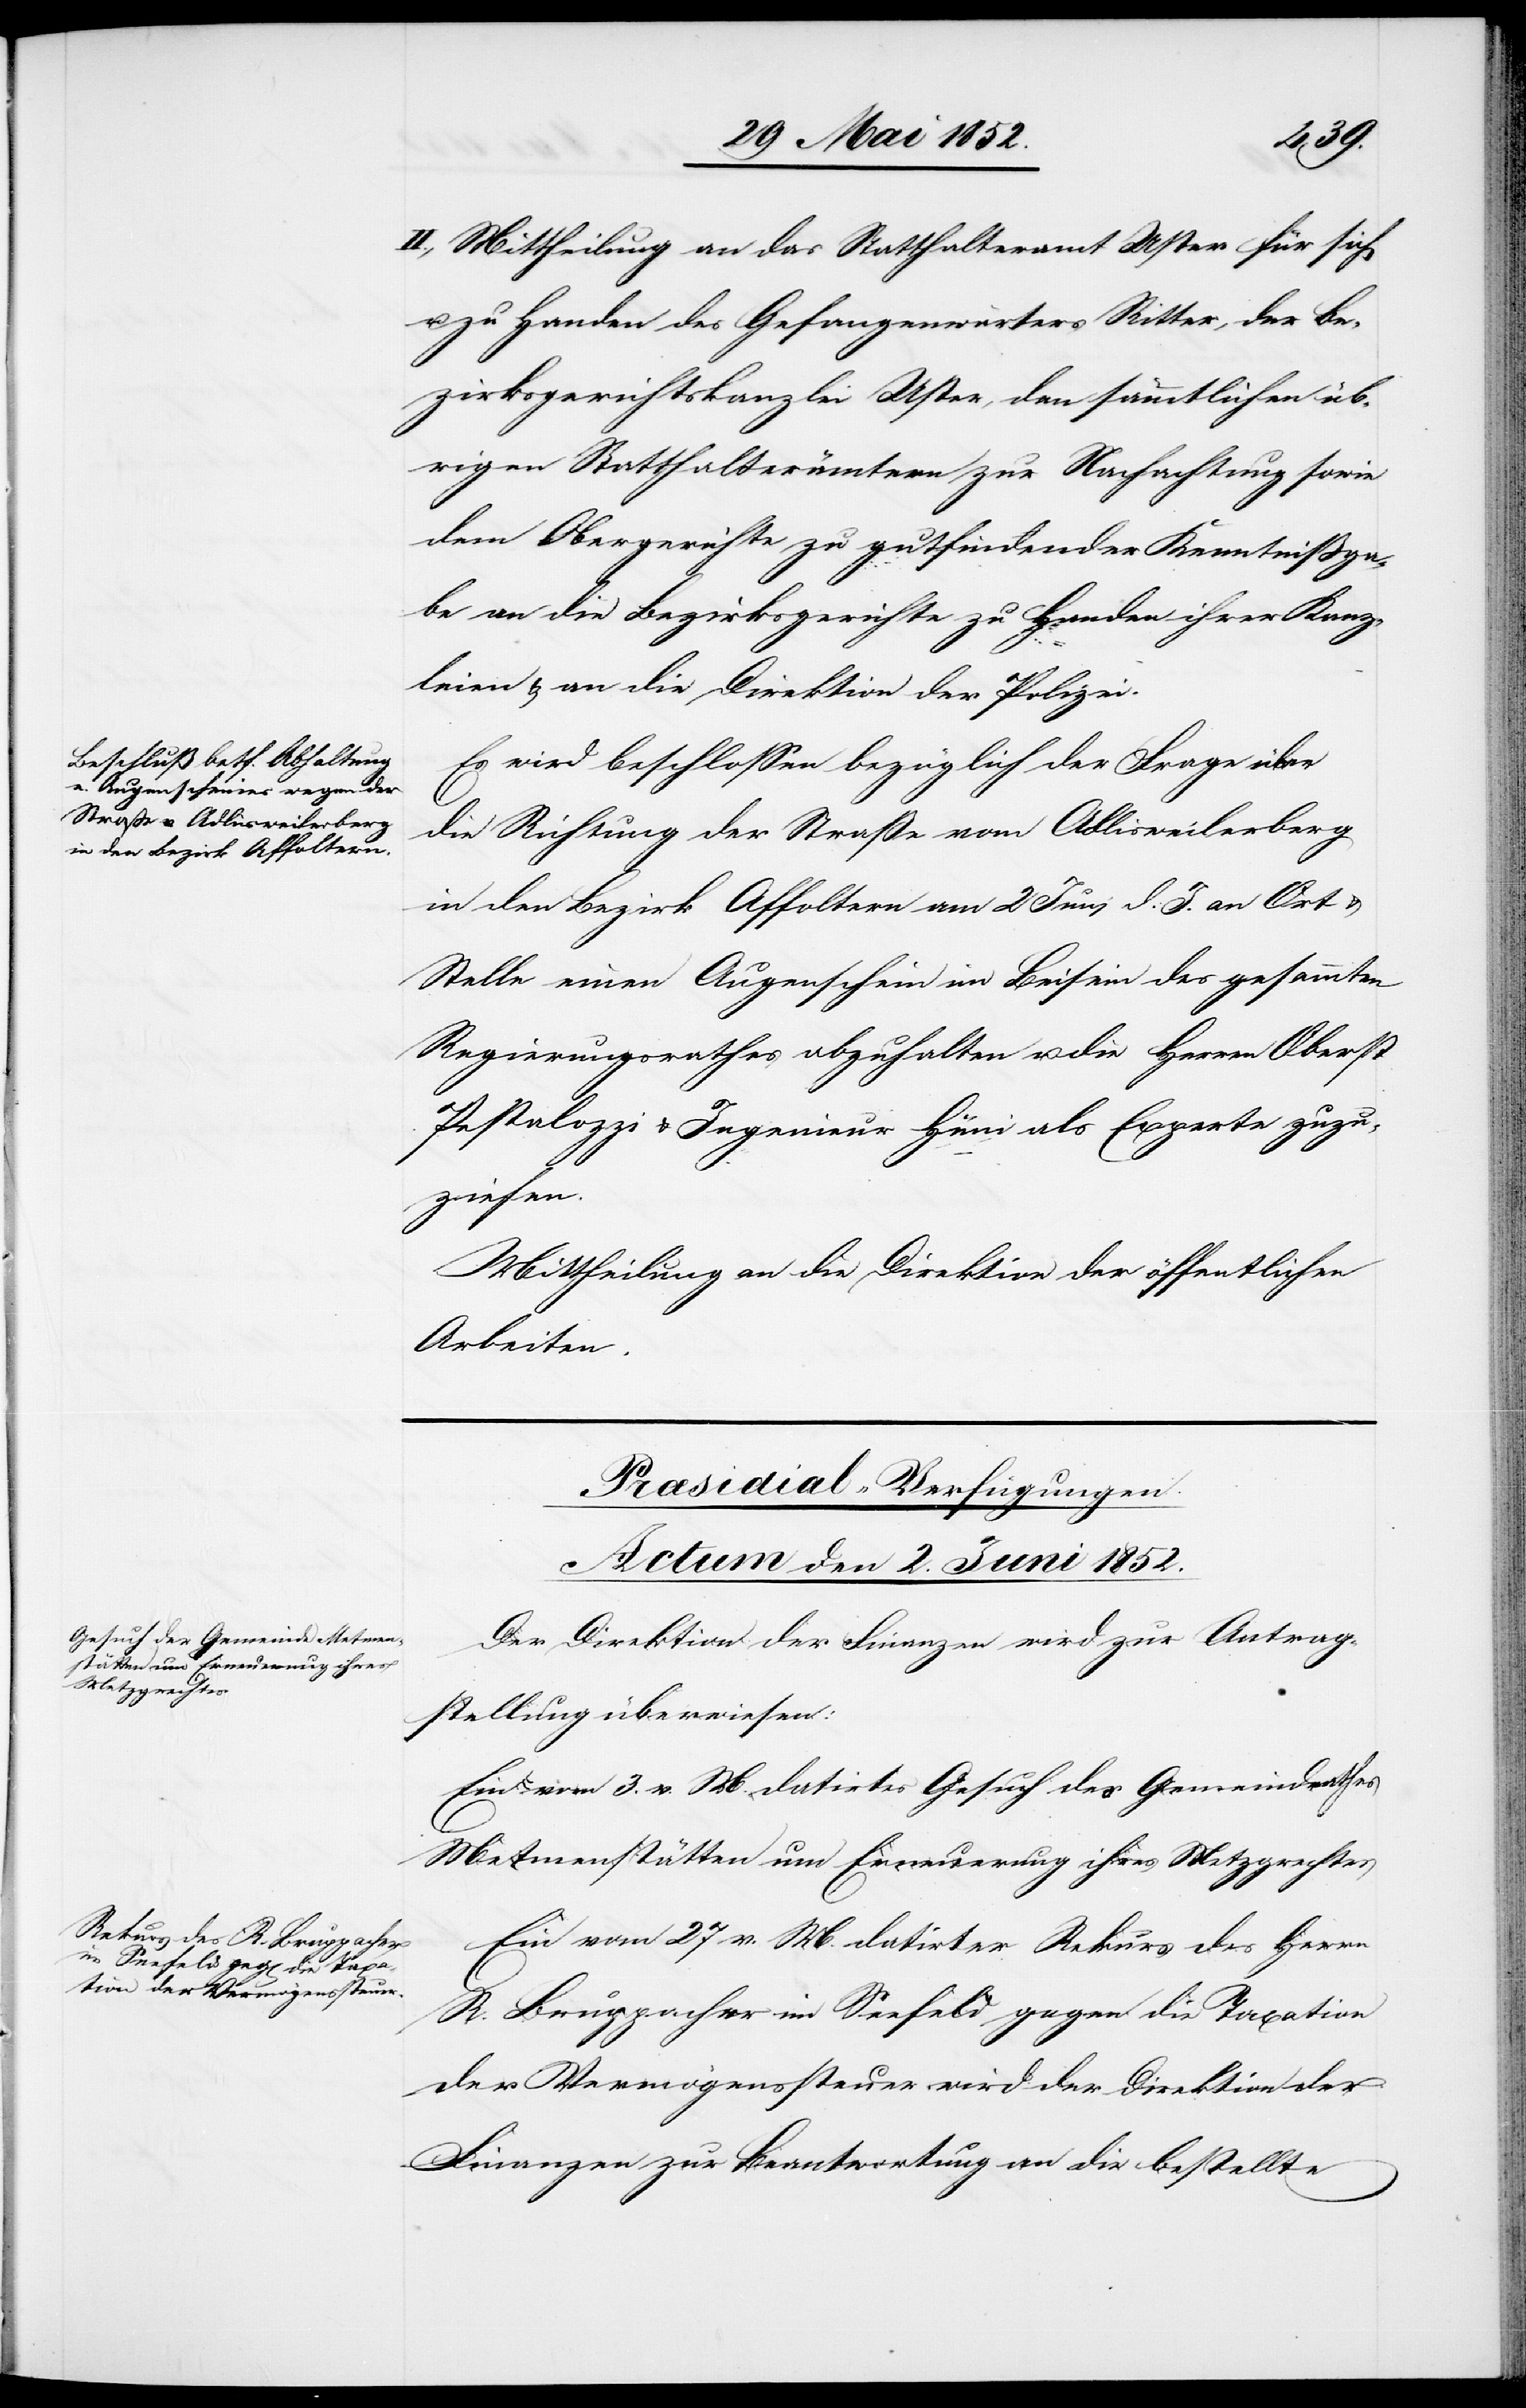
II., Mittheilung an das Statthalteramt Uster für sich
zu Handen des Gefangenwärters Ritter, der Be¬
zirksgerichtskanzlei Uster, den sämmtlichen üb¬
rigen Statthalterämtern zur Nachachtung sowie
dem Obergerichte zu gutfindender Kenntnissga¬
be an die Bezirksgerichte zu Handen ihrer Kanz¬
leien & an die Direktion der Polizei.
Es wird beschlossen bezüglich der Frage über
die Richtung der Straße vom Adlisweilerberg
in den Bezirk Affoltern am 2 Juni d. J. an Ort &
Stelle einen Augenschein im Beisein des gesammten
Regierungsrathes abzuhalten u. die Herren Oberst
Pestalozzi & Ingenieur Hüni als Experte zuzu¬
ziehen.
Mittheilung an die Direktion der öffentlichen
Arbeiten.
[Præsidial-Verfügungen.
Actum den 2. Juni 1852.]
Der Direktion der Finanzen wird zur Antrag¬
stellung überwiesen:
Ein vom 3. v. M. datirtes Gesuch des Gemeindrathes
Metmenstätten um Erneuerung ihres Metzgrechtes[.]
Ein vom 27 v. M. datirter Rekurs des Herrn
R. Bruppacher im Seefeld gegen die Taxation
der Vermögenssteuer wird der Direktion der
Finanzen zur Beantwortung an die bestellte